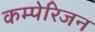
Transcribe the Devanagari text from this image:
कम्पेरिजन